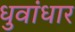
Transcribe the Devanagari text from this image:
धुवांधार